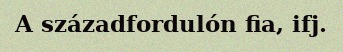
A századfordulón fia, ifj.